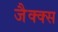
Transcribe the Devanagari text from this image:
जैक्क्स